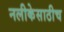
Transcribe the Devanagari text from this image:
नलीकेसाठीच